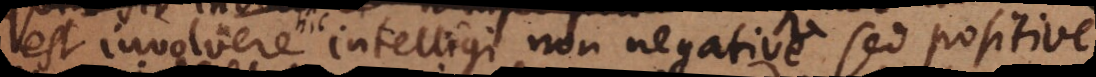
est involvere intelligi non negative sed positive: